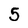
Character: 5